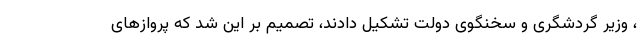
، وزیر گردشگری و سخنگوی دولت تشکیل دادند، تصمیم بر این شد که پروازهای